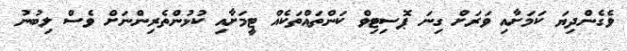
ވެގެންދިޔަ ކަމަށާއި ވަރަށް ގިނަ ޕޮސިޓިވް ކަންތައްތަކެއް ޓީމަށާއި ކުޅުންތެރިންނަށް ވެސް ލިބުނު